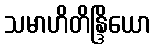
သမာဟိတိန္ဒြိယော